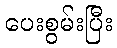
ပေးစွမ်းပြီး